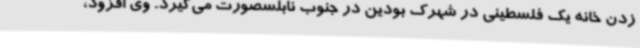
زدن خانه یک فلسطینی در شهرک بودین در جنوب نابلسصورت می‌گیرد. وی افزود،